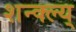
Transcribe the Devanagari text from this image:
शन्क्ल्य्